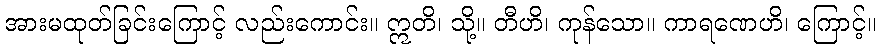
အားမထုတ်ခြင်းကြောင့် လည်းကောင်း။ ဣတိ၊ သို့။ တီဟိ၊ ကုန်သော။ ကာရဏေဟိ၊ ကြောင့်။